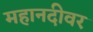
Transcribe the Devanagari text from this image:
महानदीवर